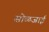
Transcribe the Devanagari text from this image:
सोळजाई